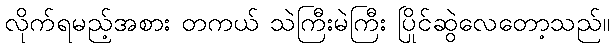
လိုက်ရမည့်အစား တကယ် သဲကြီးမဲကြီး ပြိုင်ဆွဲလေတော့သည်။